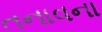
તનાવના